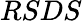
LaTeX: RSDS